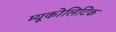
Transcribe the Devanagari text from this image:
म्यूकोलिटिक